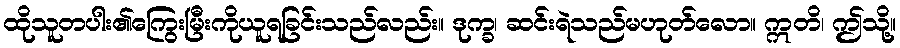
ထိုသူတပါး၏ကြွေးမြီးကိုယူရခြင်းသည်လည်း။ ဒုက္ခ၊ ဆင်းရဲသည်မဟုတ်လော။ ဣတိ၊ ဤသို့။